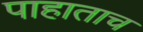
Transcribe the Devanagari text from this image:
पाहाताच